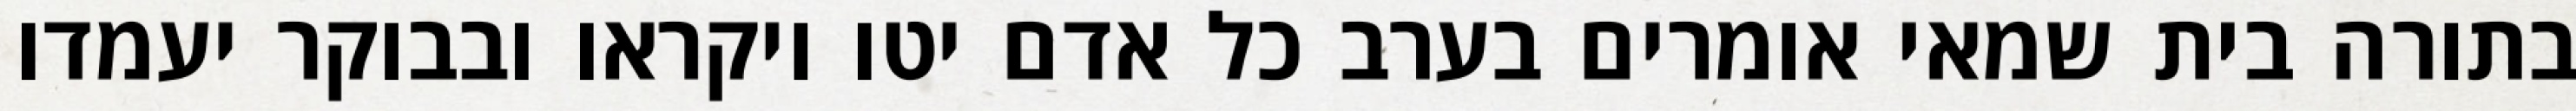
בתורה בית שמאי אומרים בערב כל אדם יטו ויקראו ובבוקר יעמדו